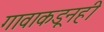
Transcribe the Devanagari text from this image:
गावाकडूनही